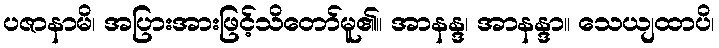
ပဇာနာမိ၊ အပြားအားဖြင့်သိတော်မူ၏။ အာနန္ဒ၊ အာနန္ဒာ။ သေယျထာပိ၊